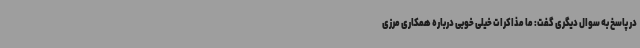
در پاسخ به سوال دیگری گفت: ما مذاکرات خیلی خوبی درباره همکاری مرزی